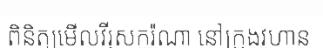
ពិនិត្យមើលវីរុសកូរ៉ូណា នៅក្រុងវូហាន